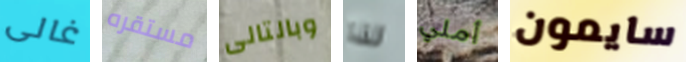
غالى مستقره وبالتالى لذا أملي سايمون